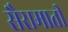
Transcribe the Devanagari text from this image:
सैरामाती